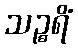
သဉ္စရိံ